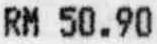
RM 50.90